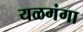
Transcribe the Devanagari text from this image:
यळगंगा